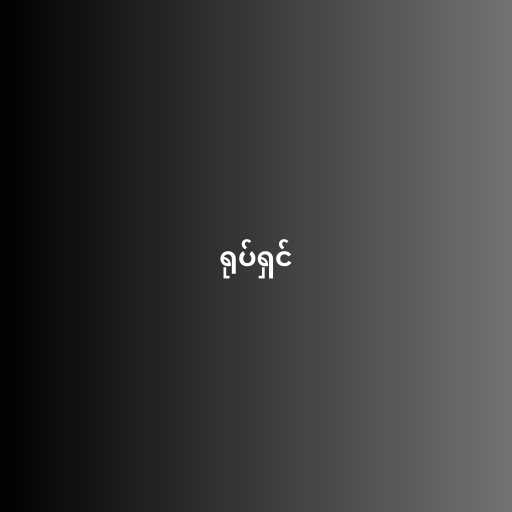
ရုပ်ရှင်